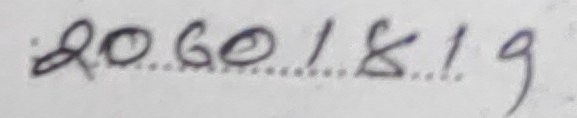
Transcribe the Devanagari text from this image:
२०६०/४/१